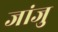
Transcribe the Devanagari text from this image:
जांजु